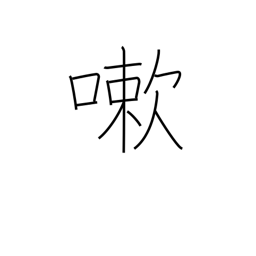
Meaning: wash